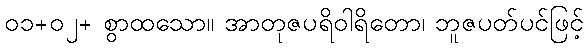
၀၁+၀၂+ စွာထသော။ အာတုဇပရိဝါရိတော၊ ဘူဇပတ်ပင်ဖြင့်